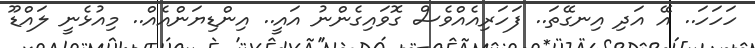
ހަހަހަ.. އޭ އަދި އިނގޭތަ.. ފަހަރިއެއްވެސް ގޮވައިގެންނު އައީ.. އިންޑިޔަންއެއް.. މިއުޅެނީ ލައްޑޫ